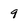
Character: 9